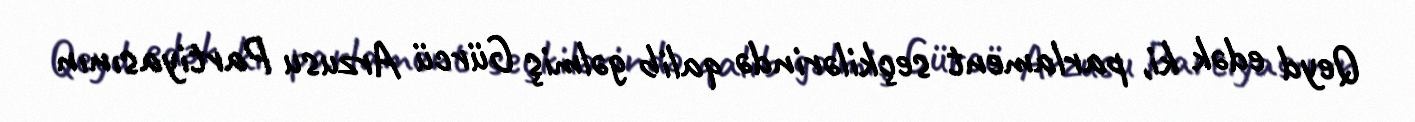
Qeyd edək ki, parlament seçkilərində qalib gəlmiş Gürcü Arzusu Partiyasının